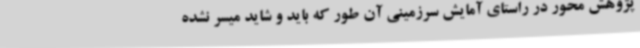
پژوهش محور در راستای آمایش سرزمینی آن طور که باید و شاید میسر نشده